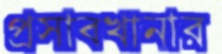
প্রসাবখানার